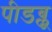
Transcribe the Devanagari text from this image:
पीडब्लू